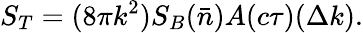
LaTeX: S_{T}=(8\pi k^{2})S_{B}(\bar{n})A(c\tau)(\Delta k).